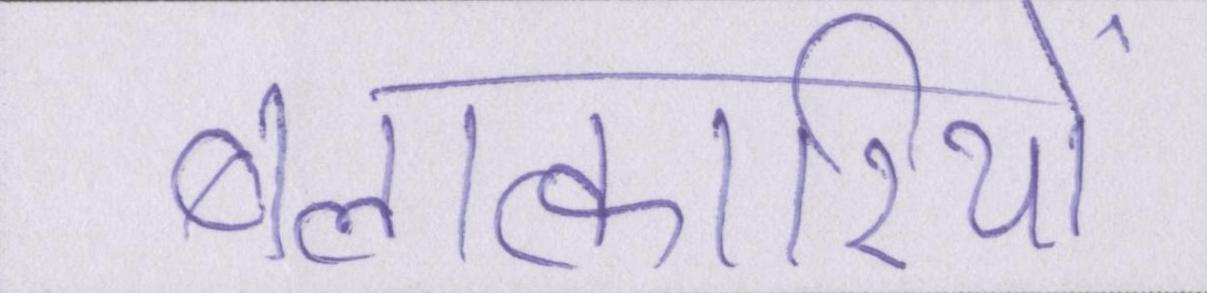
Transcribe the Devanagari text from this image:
बलात्कारियों